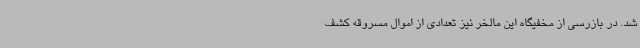
شد. در بازرسی از مخفیگاه این مالخر نیز تعدادی از اموال مسروقه کشف